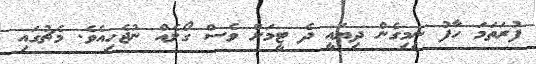
ފުރަތަމަ ހާފު ނިިމިގެން ދިޔައީ ދެ ޓީމަށް ވެސް ގޯލެއް ނުޖެހިއެވެ. މެޗުގައި